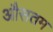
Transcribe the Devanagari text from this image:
औसतम